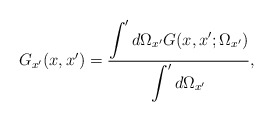
\begin{align*}G_{x'}(x,x')=\frac{ \displaystyle\int'd\Omega_{x'} G(x,x';\Omega_{x'}) }{ \displaystyle\int'd\Omega_{x'}} ,\end{align*}